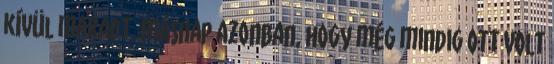
kívül maradt. Másnap azonban, hogy még mindig ott volt